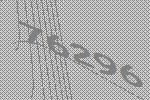
76296